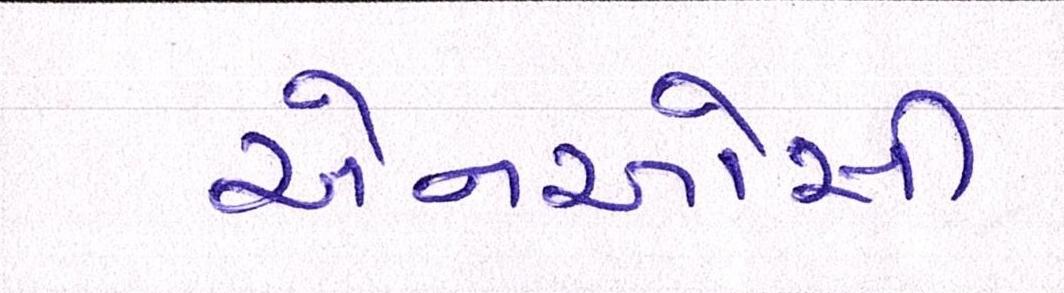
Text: એનઓસી